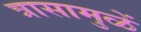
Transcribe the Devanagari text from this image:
त्रासामुळें